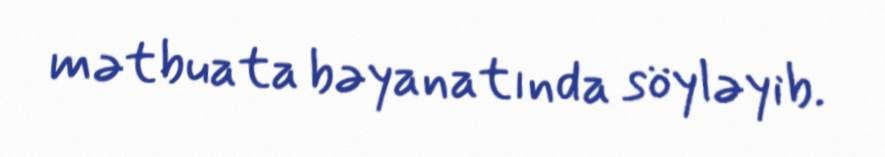
mətbuata bəyanatında söyləyib.